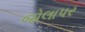
જોલાપર